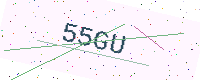
Text: 55GU